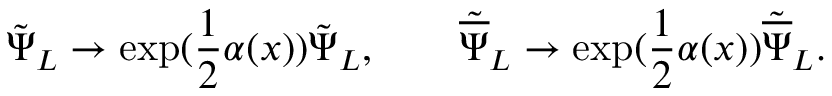
{ \tilde { \Psi } } _ { L } \rightarrow \exp ( \frac { 1 } { 2 } \alpha ( x ) ) { \tilde { \Psi } } _ { L } , \qquad { \tilde { \overline { { \Psi } } } } _ { L } \rightarrow \exp ( \frac { 1 } { 2 } \alpha ( x ) ) { \tilde { \overline { { \Psi } } } } _ { L } .